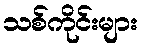
သစ်ကိုင်းများ